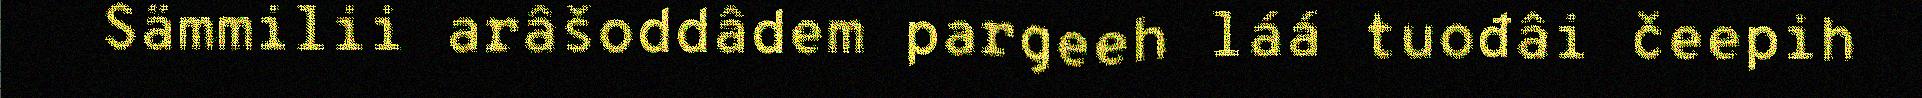
Sämmilii arâšoddâdem pargeeh láá tuođâi čeepih